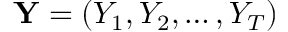
\mathbf { Y } = ( Y _ { 1 } , Y _ { 2 } , \ldots , Y _ { T } )